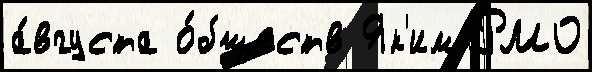
а́вгуста о́бществ Як'им РМО